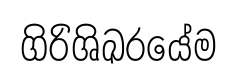
ගිරිශිඛරයේම